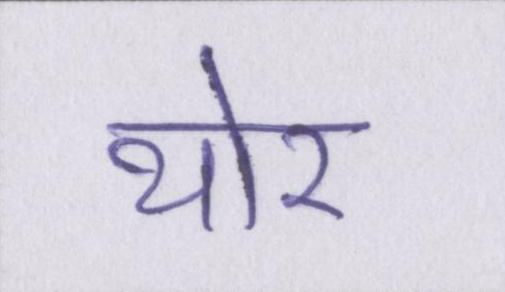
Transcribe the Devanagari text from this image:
थोर